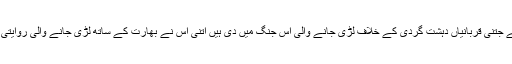
واضح رہے کہ پاکستانی فوج نے جتنی قربانیاں دہشت گردی کے خلاف لڑی جانے والی اس جنگ میں دی ہیں اتنی اس نے بھارت کے ساتھ لڑی جانے والی روایتی جنگوں میں بھی کبھی نہیں دیں۔